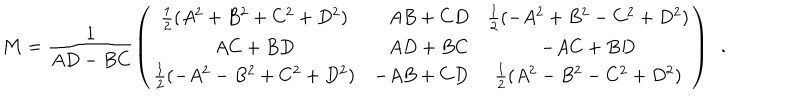
{ \bf M } = \frac { 1 } { A D - B C } \left( \begin{array} { c r c } { { \frac { 1 } { 2 } ( { A ^ { 2 } } + { B ^ { 2 } } + { C ^ { 2 } } + { D ^ { 2 } } ) } } & { { A B + C D } } & { { \frac { 1 } { 2 } ( - { A ^ { 2 } } + { B ^ { 2 } } - { C ^ { 2 } } + { D ^ { 2 } } ) } } \\ { { A C + B D } } & { { A D + B C } } & { { - A C + B D } } \\ { { \frac { 1 } { 2 } ( - { A ^ { 2 } } - { B ^ { 2 } } + { C ^ { 2 } } + { D ^ { 2 } } ) } } & { { - A B + C D } } & { { \frac { 1 } { 2 } ( { A ^ { 2 } } - { B ^ { 2 } } - { C ^ { 2 } } + { D ^ { 2 } } ) } } \\ \end{array} \right) \, \, \, .